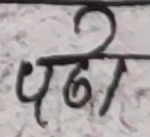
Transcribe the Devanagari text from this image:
धनु